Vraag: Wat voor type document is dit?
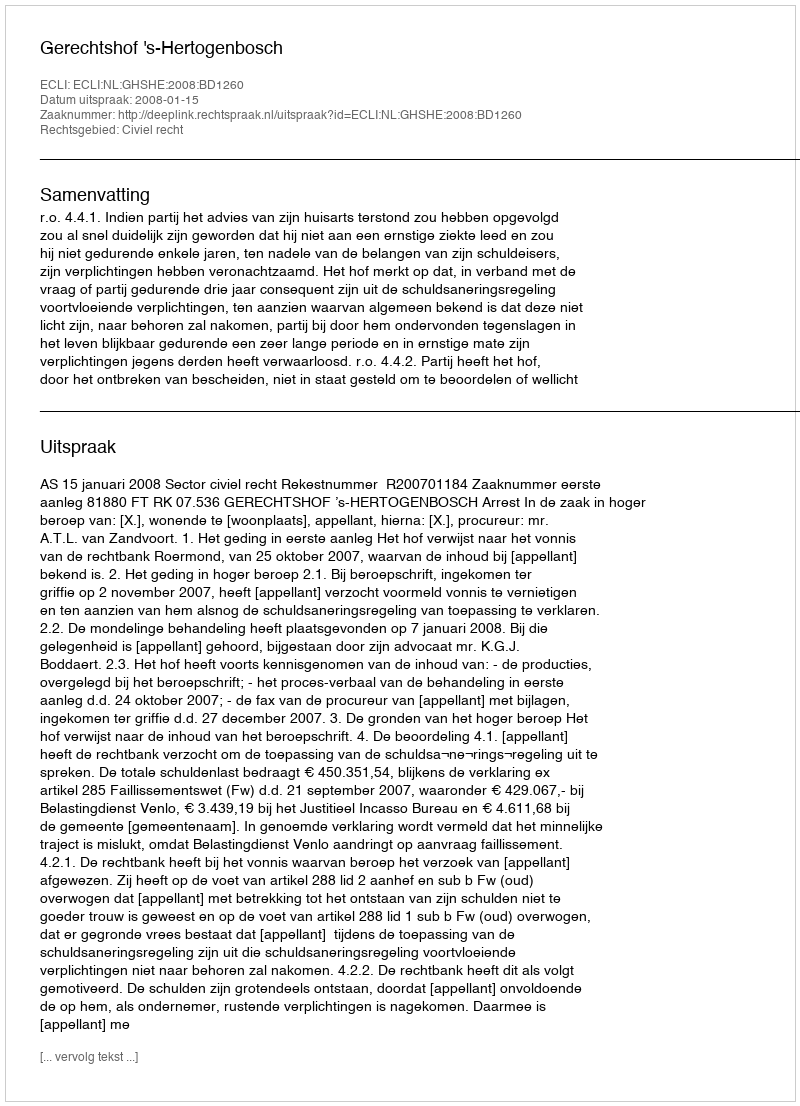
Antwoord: Uitspraak